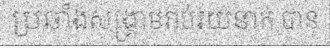
ប្រឆាំងសង្គ្រាមរាប់រយនាក់ បាន